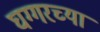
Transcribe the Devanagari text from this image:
घग्गरच्या